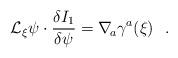
LaTeX: \begin{align*}{\cal L}_\xi\psi\cdot{\delta I_1\over\delta\psi}=\nabla_{\! a}\gamma^a(\xi)\ \ .\end{align*}